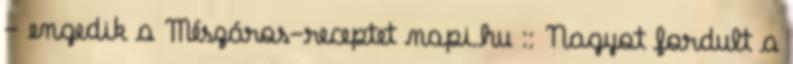
- engedik a Mészáros-receptet napi.hu :: Nagyot fordult a